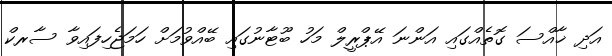
އަދި ޚާއްސަ ގޮތެއްގައި އަންނަ އޭޕްރީލް މަހު ބޫޓާނުގައި ބޭއްވުމަށް ހަމަޖެހިފައިވާ ސާރކް